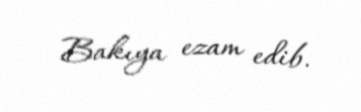
Bakıya ezam edib.